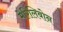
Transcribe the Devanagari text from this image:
मेरिलिबोन